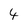
Character: 4